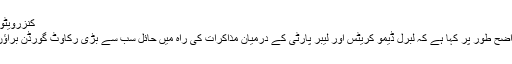
کنزرویٹو رہنما ڈیوڈ کیمرون
کچھ مبصرین نے واضح طور پر کہا ہے کہ لبرل ڈیمو کریٹس اور لیبر پارٹی کے درمیان مذاکرات کی راہ میں حائل سب سے بڑی رکاوٹ گورڈن براؤن کی شخصیت تھی۔